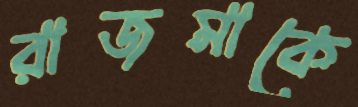
রাজমাকে